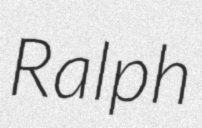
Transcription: Ralph